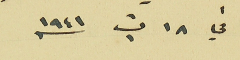
في ١٨ ت١ سنه ١٩٤١